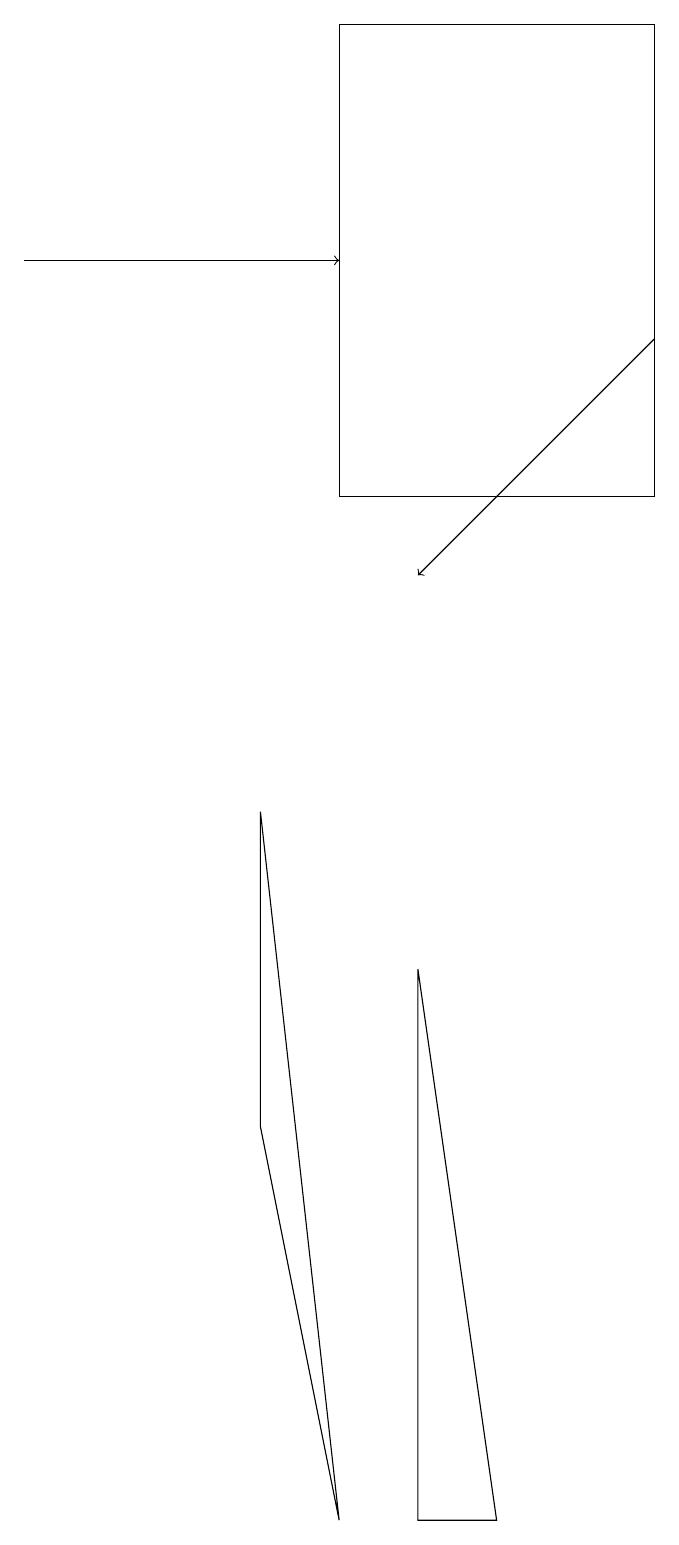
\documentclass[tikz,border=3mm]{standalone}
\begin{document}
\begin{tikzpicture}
\draw (6,0) -- (5,0) -- (5,7) -- cycle;
\draw (8,13) rectangle (4,19);
\draw[->] (8,15) -- (5,12);
\draw (3,9) -- (3,5) -- (4,0) -- cycle;
\draw[->] (0,16) -- (4,16);
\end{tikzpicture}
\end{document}